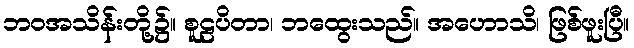
ဘဝအသိန်းတို့၌။ စူဠပိတာ၊ ဘထွေးသည်။ အဟောသိ၊ ဖြစ်ဖူးပြီ။